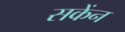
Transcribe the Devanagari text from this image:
सकेंन